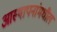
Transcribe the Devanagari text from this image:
आस्थापनांमधील